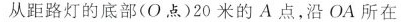
从距路灯的底部(O点)20米的A点，沿OA所在